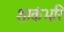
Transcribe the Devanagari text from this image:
शाकंभरि